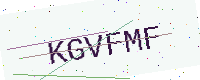
Text: KGVFMF